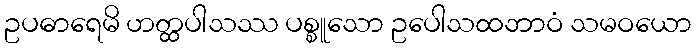
ဥပဓာရေမိ ဟတ္ထပါသဿ ပစ္စူသော ဥပေါသထဘာဝံ သမဝယော